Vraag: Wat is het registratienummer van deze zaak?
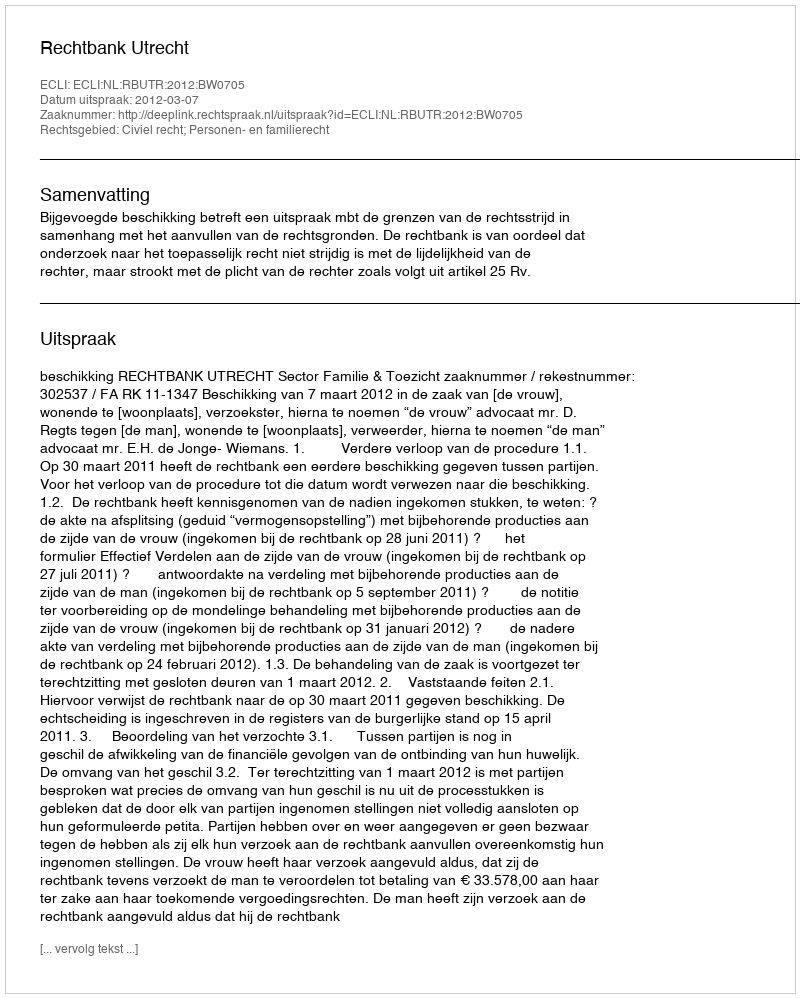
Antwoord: http://deeplink.rechtspraak.nl/uitspraak?id=ECLI:NL:RBUTR:2012:BW0705